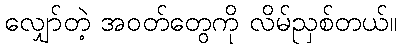
လျှော်တဲ့ အဝတ်တွေကို လိမ်ညှစ်တယ်။